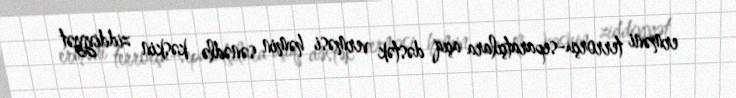
erməni terrorçu-separatçılara açıq dəstək verməsi həmin sənədlə kəskin ziddiyyət